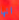
انها